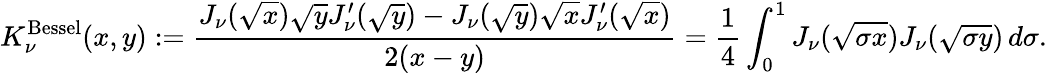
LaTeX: K_{\nu}^{\mathrm{Bessel}}(x,y):=\frac{J_{\nu}(\sqrt{x})\sqrt{y}J_{\nu}^{\prime}(\sqrt{y})-J_{\nu}(\sqrt{y})\sqrt{x}J_{\nu}^{\prime}(\sqrt{x})}{2(x-y)}=\frac{1}{4}\int_{0}^{1}J_{\nu}(\sqrt{\sigma x})J_{\nu}(\sqrt{\sigma y})\, d\sigma.